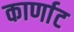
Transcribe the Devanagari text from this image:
कार्णाट